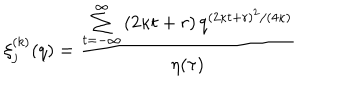
\xi _ { j } ^ { ( k ) } ( q ) = \frac { \sum _ { t = - \infty } ^ { \infty } \left( 2 \kappa t + r \right) q ^ { ( 2 \kappa t + r ) ^ { 2 } / ( 4 \kappa ) } } { \eta ( \tau ) }